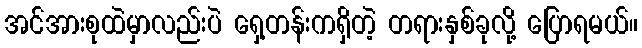
အင်အားစုထဲမှာလည်းပဲ ရှေ့တန်းကရှိတဲ့ တရားနှစ်ခုလို့ ပြောရမယ်။